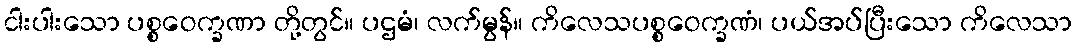
ငါးပါးသော ပစ္စဝေက္ခဏာ တို့တွင်။ ပဌမံ၊ လက်မွန်။ ကိလေသပစ္စဝေက္ခဏံ၊ ပယ်အပ်ပြီးသော ကိလေသာ